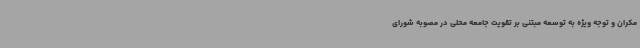
مکران و توجه ویژه به توسعه مبتنی بر تقویت جامعه محلی در مصوبه شورای